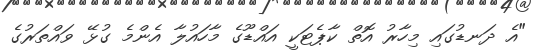
"އެ ދަނޑުގައި މިހާރު އޮތް ކާޕެޓަކީ އައްޑޫގެ މާހައުލާ އެންމެ ގުޅޭ ވައްތަރުގެ